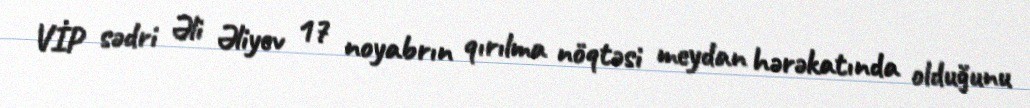
VİP sədri Əli Əliyev 17 noyabrın qırılma nöqtəsi meydan hərəkatında olduğunu